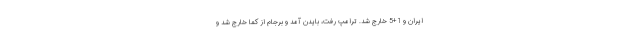
ایران و 1+5 خارج شد. ترامپ رفت، بایدن آمد و برجام از کما خارج شد و